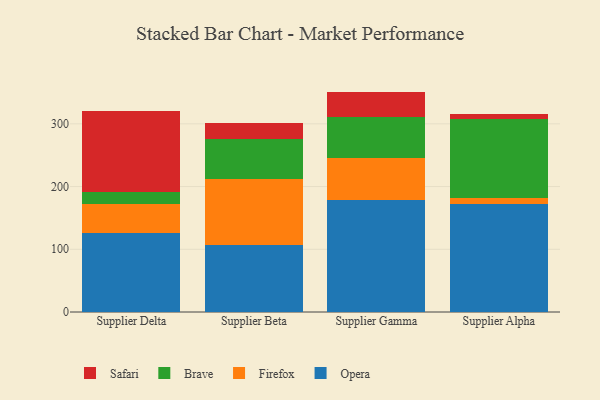
{"axis": {"x": "Supplier", "y": "Population (Million)"}, "legend": ["Brave", "Firefox", "Opera", "Safari"], "data": [{"x": "Supplier Delta", "y": 126.3, "type": "Opera"}, {"x": "Supplier Delta", "y": 45.5, "type": "Firefox"}, {"x": "Supplier Delta", "y": 19.4, "type": "Brave"}, {"x": "Supplier Delta", "y": 129.6, "type": "Safari"}, {"x": "Supplier Beta", "y": 107.3, "type": "Opera"}, {"x": "Supplier Beta", "y": 104.3, "type": "Firefox"}, {"x": "Supplier Beta", "y": 64.4, "type": "Brave"}, {"x": "Supplier Beta", "y": 26.0, "type": "Safari"}, {"x": "Supplier Gamma", "y": 178.7, "type": "Opera"}, {"x": "Supplier Gamma", "y": 66.2, "type": "Firefox"}, {"x": "Supplier Gamma", "y": 66.5, "type": "Brave"}, {"x": "Supplier Gamma", "y": 40.0, "type": "Safari"}, {"x": "Supplier Alpha", "y": 171.6, "type": "Opera"}, {"x": "Supplier Alpha", "y": 10.7, "type": "Firefox"}, {"x": "Supplier Alpha", "y": 125.3, "type": "Brave"}, {"x": "Supplier Alpha", "y": 7.4, "type": "Safari"}]}